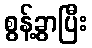
စွန့်ခွာပြီး